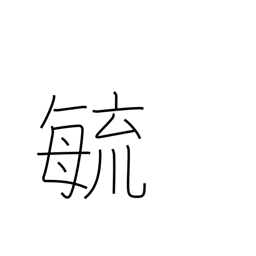
Meaning: grow up